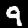
Label: 9